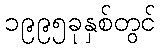
၁၉၉၅ခုနှစ်တွင်